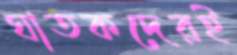
ঘাতকদেরই